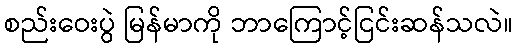
စည်းဝေးပွဲ မြန်မာကို ဘာကြောင့်ငြင်းဆန်သလဲ။